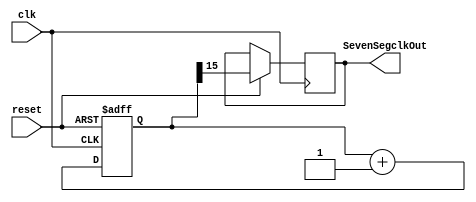
module SevenSegclk(SevenSegclkOut, clk, reset);
output reg SevenSegclkOut;
input clk, reset;
reg [15:0]clkCounter;
always @(posedge clk or negedge reset)
begin
    if(!reset)
    begin
        clkCounter <= 16'b0;
    end
    else
    begin
        clkCounter <= clkCounter + 1'b1;
        SevenSegclkOut <= clkCounter[15];
    end
end
endmodule